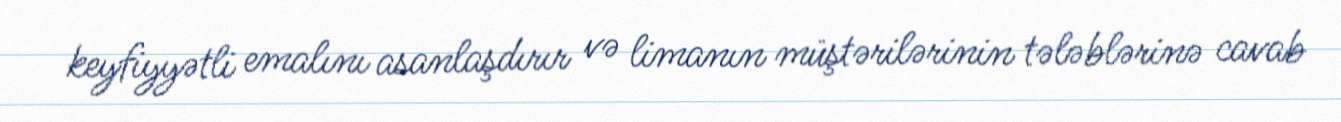
keyfiyyətli emalını asanlaşdırır və limanın müştərilərinin tələblərinə cavab